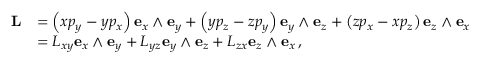
{ \begin{array} { r l } { \mathbf { L } } & { = \left( x p _ { y } - y p _ { x } \right) \mathbf { e } _ { x } \wedge \mathbf { e } _ { y } + \left( y p _ { z } - z p _ { y } \right) \mathbf { e } _ { y } \wedge \mathbf { e } _ { z } + \left( z p _ { x } - x p _ { z } \right) \mathbf { e } _ { z } \wedge \mathbf { e } _ { x } } \\ & { = L _ { x y } \mathbf { e } _ { x } \wedge \mathbf { e } _ { y } + L _ { y z } \mathbf { e } _ { y } \wedge \mathbf { e } _ { z } + L _ { z x } \mathbf { e } _ { z } \wedge \mathbf { e } _ { x } \, , } \end{array} }